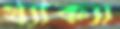
থ্যাক্যা